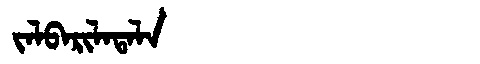
Manchu: ᠵᠠᠯᠪᠠᡵᡳᠯᠠᡨᠠᠯᠠ
Romanization: JALBARILATALA